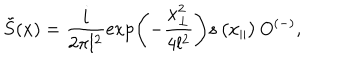
LaTeX: \tilde { S } ( x ) = \frac { i } { 2 \pi l ^ { 2 } } \exp \left( - \frac { x _ { \perp } ^ { 2 } } { 4 l ^ { 2 } } \right) s \left( x _ { \parallel } \right) O ^ { ( - ) } ,